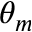
\theta _ { m }